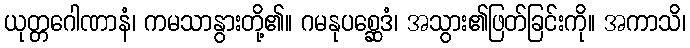
ယုတ္တဂေါဏာနံ၊ ကမသာနွားတို့၏။ ဂမနုပစ္ဆေဒံ၊ အသွား၏ဖြတ်ခြင်းကို။ အကာသိ၊